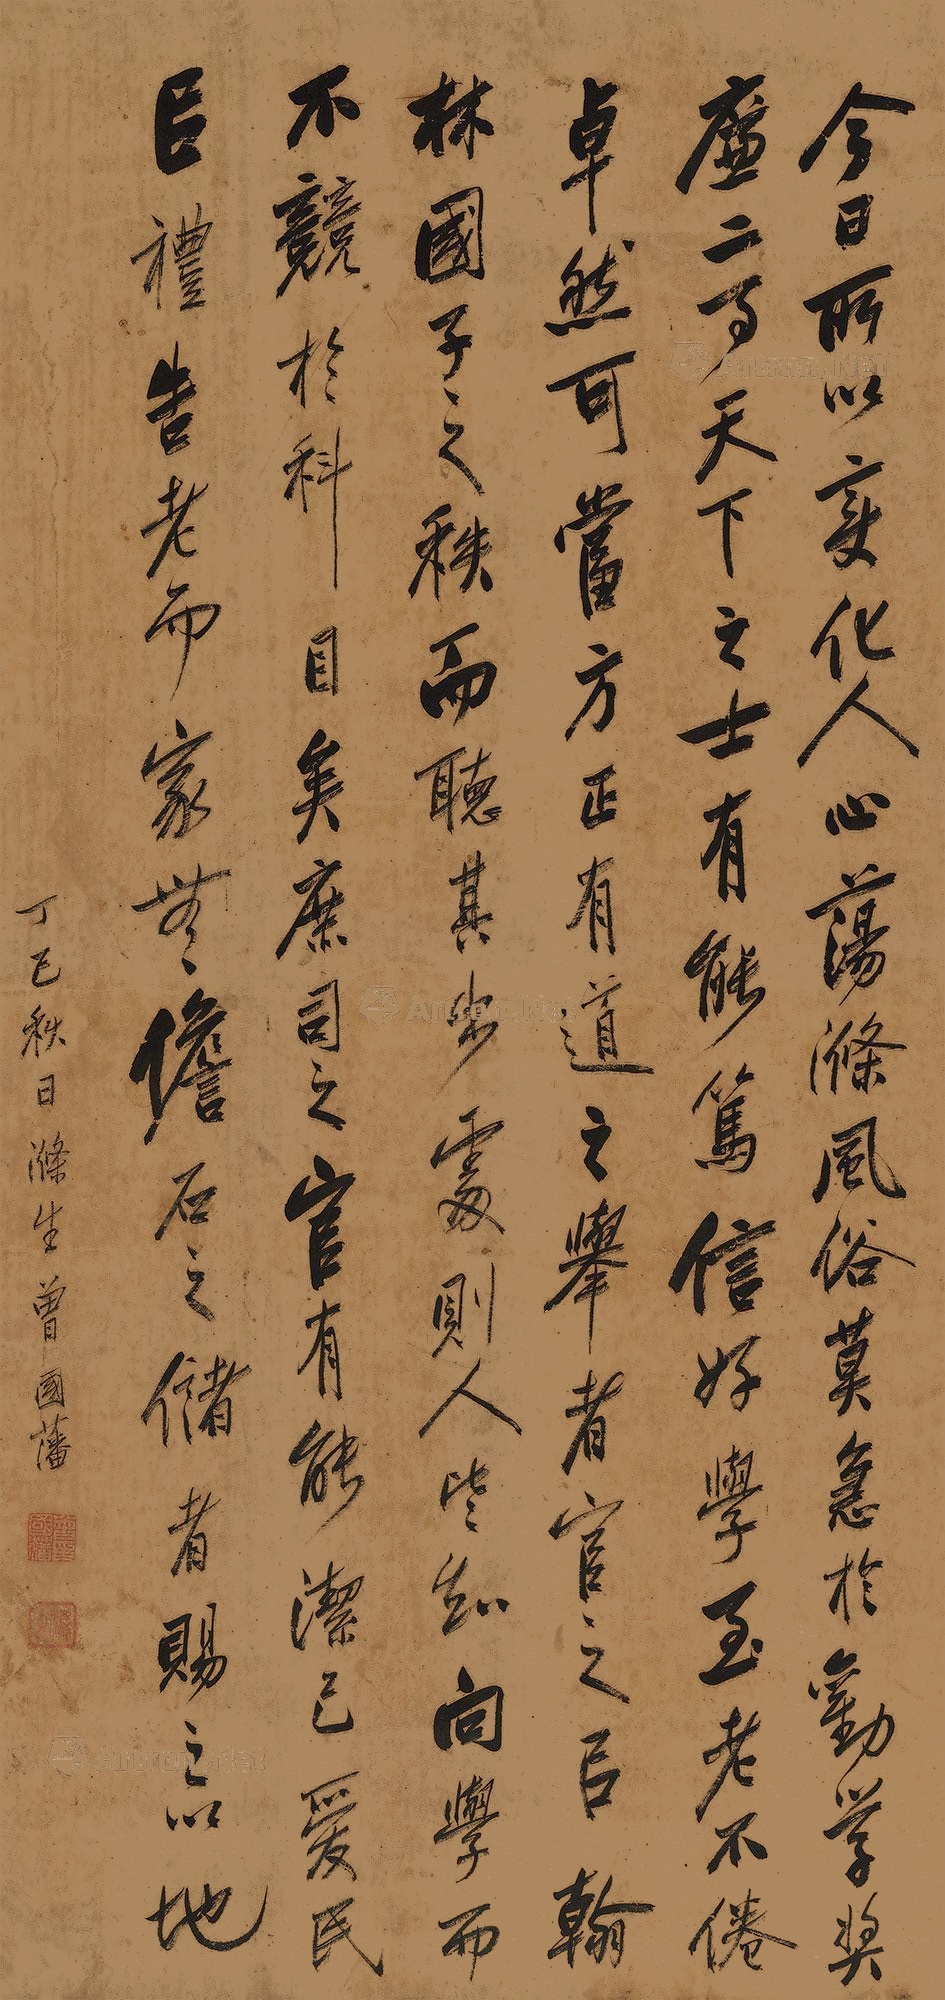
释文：今日所以变化人心，荡涤风俗者，莫急于劝学奖廉二事。天下之士，有能笃信好学，至老不倦，卓然可当方正有道之举者，官之以翰林国子之秩，而听其出处，则人皆知向学而不竞于科目矣。庶司之官，有能洁己爱民，以礼告老，而家无儋石之储者，赐之以地。丁巳秋日，涤生曾国藩。